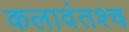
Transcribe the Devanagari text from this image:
कलावंतश्च